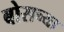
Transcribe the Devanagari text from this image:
बोसच्या